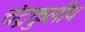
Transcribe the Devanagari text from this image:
चंद्रकुलीय